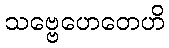
သဗ္ဗေဟေတေဟိ